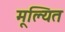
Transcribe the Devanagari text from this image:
मूल्यित